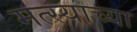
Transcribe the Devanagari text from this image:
मत्स्याच्या